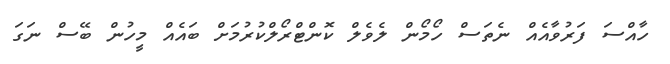
ހާއްސަ ފަރުވާއެއް ނެތަސް ހޯމޯން ލެވެލް ކޮންޓްރޯލްކުރުމަށް ބައެއް މީހުން ބޭސް ނަގަ